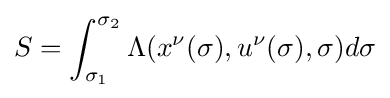
S=\int _{\sigma _{1}}^{\sigma _{2}}\Lambda (x^{\nu }(\sigma ),u^{\nu }(\sigma ),\sigma )d\sigma